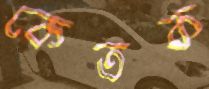
কেতক